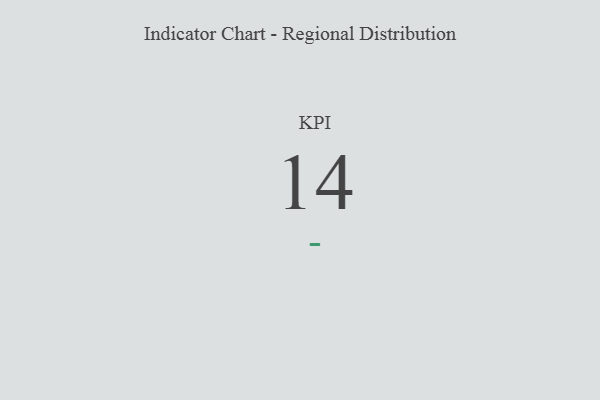
{"axis": {"x": "KPI", "y": "Value"}, "legend": [""], "data": [{"x": "KPI", "y": 14, "type": ""}]}